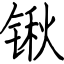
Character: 锹